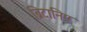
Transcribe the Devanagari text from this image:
ब्रिटानिए